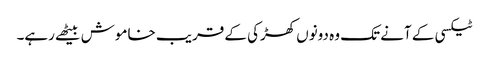
ٹیکسی کے آنے تک وہ دونوں کھڑکی کے قریب خاموش بیٹھے رہے۔